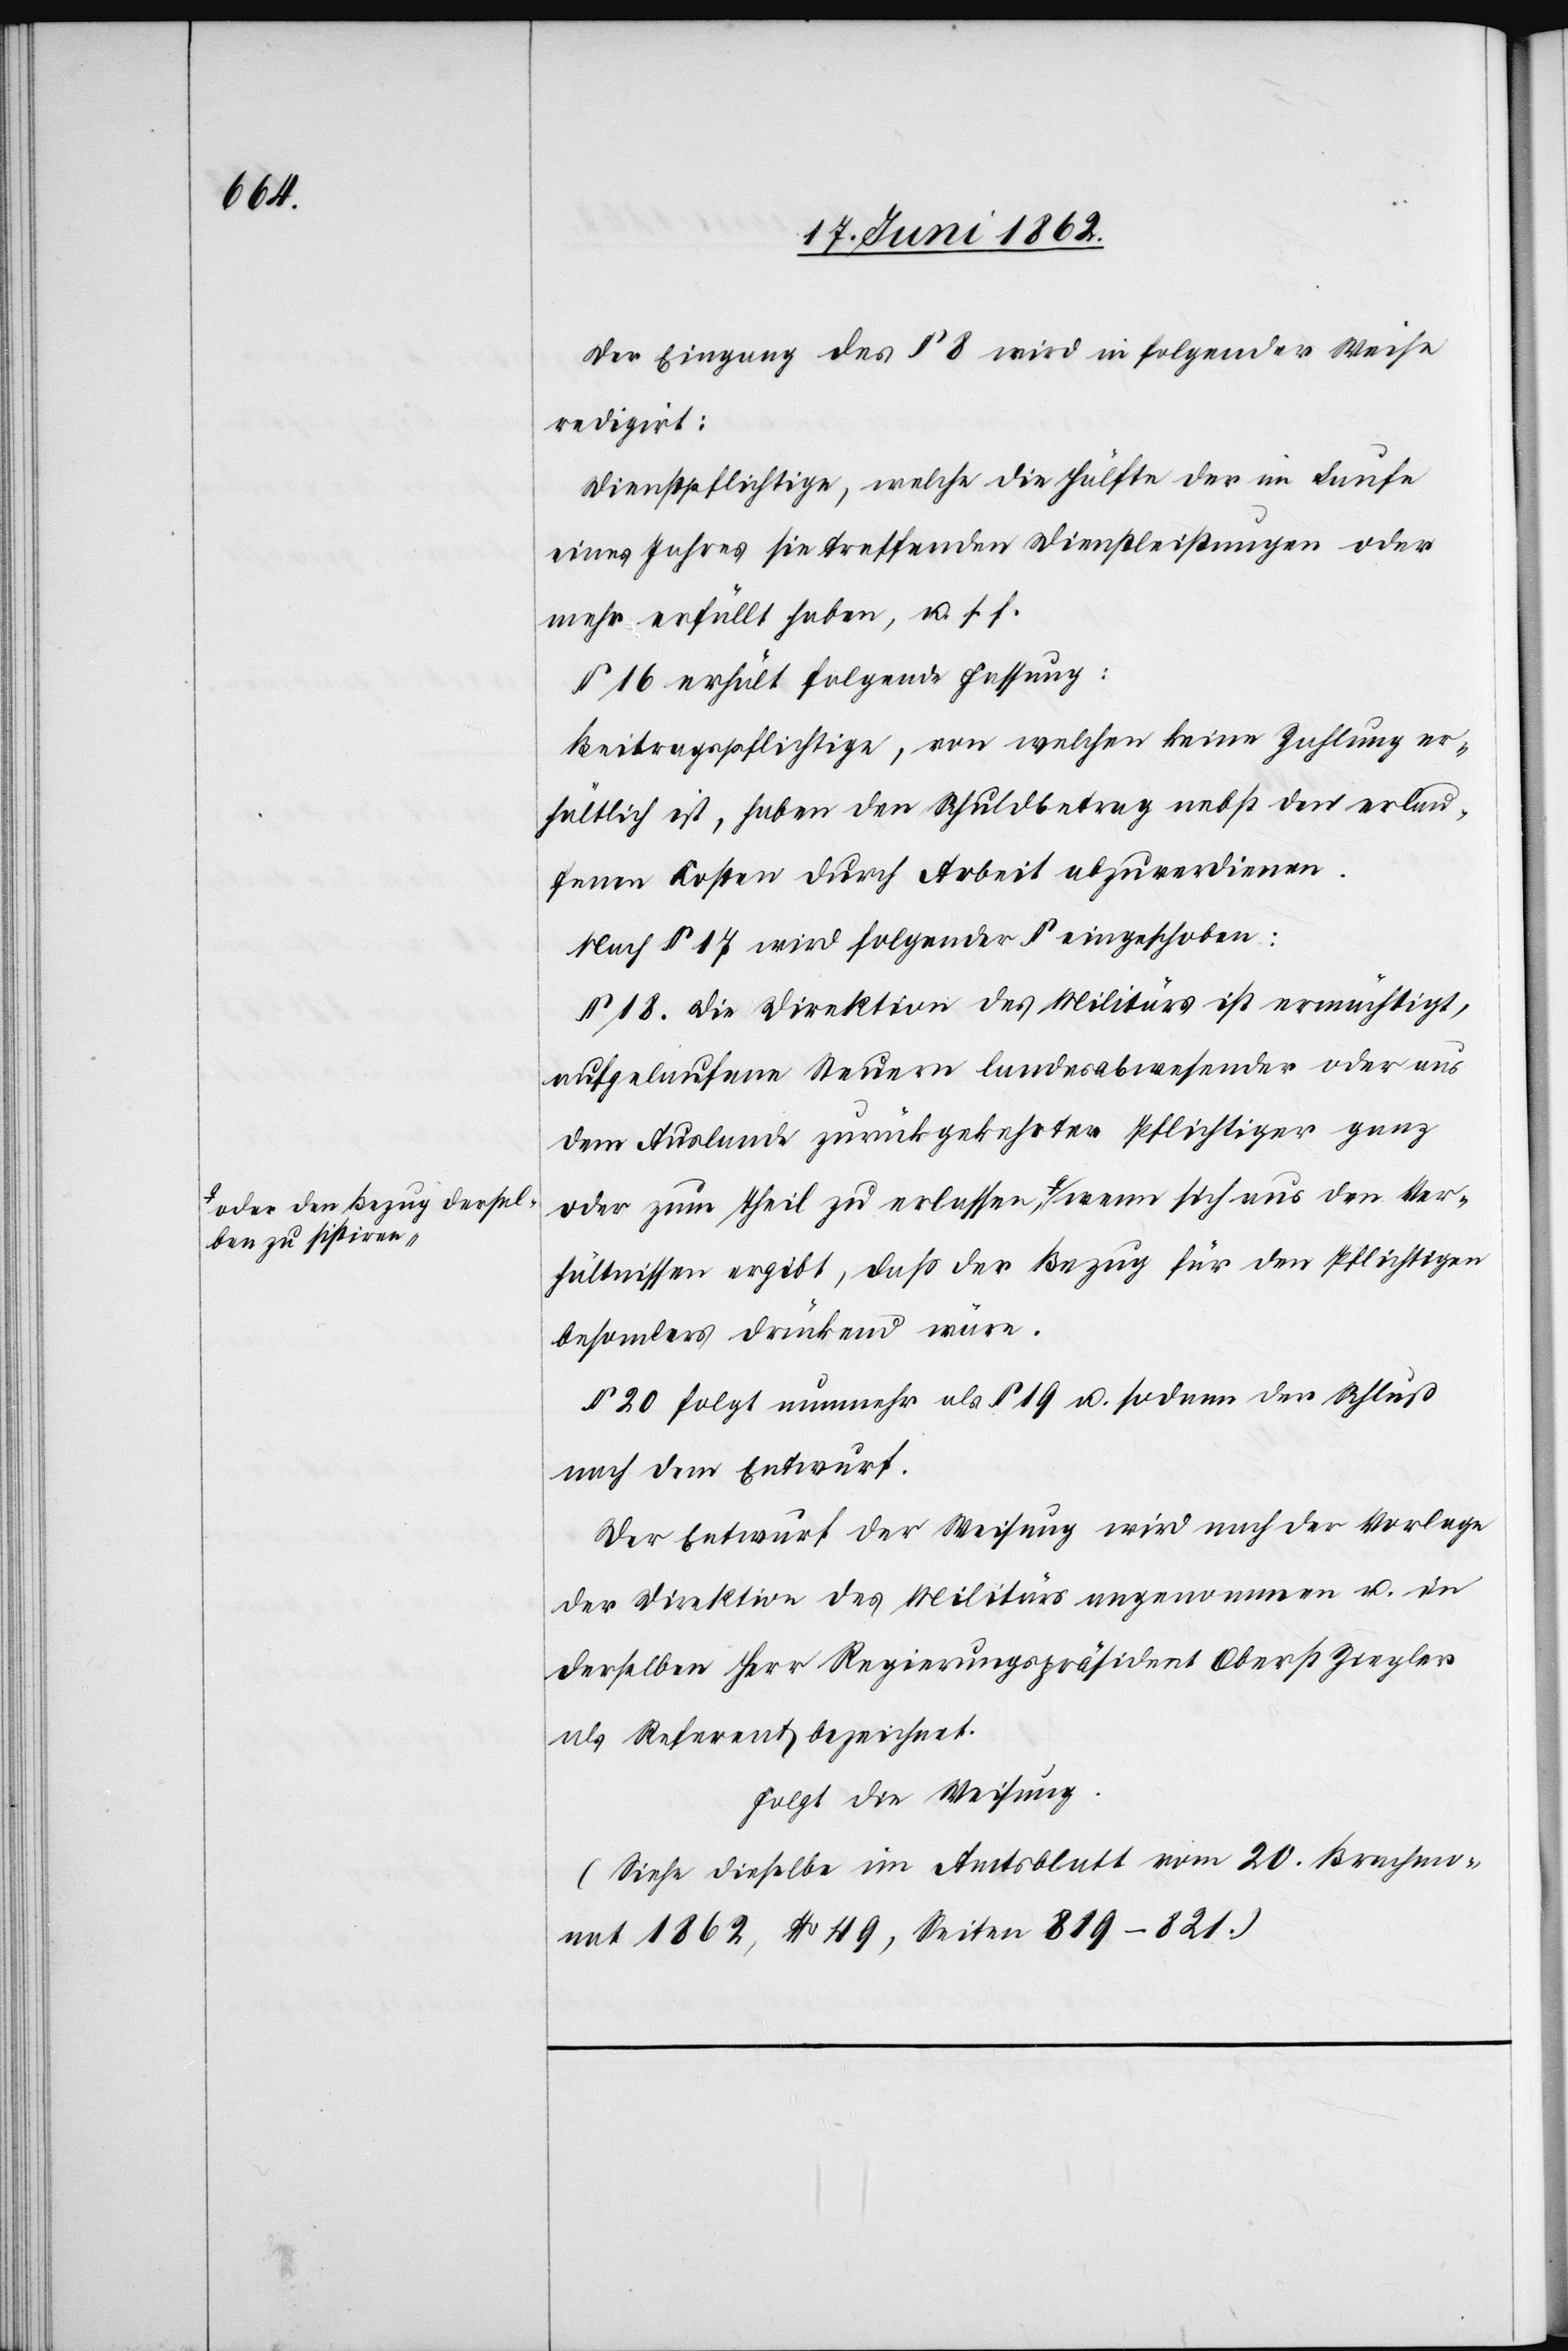
Ver¬

ben zu sistiren-a,

Der Eingang des § 8 wird in folgender Weise
redigirt:
Dienstpflichtige, welche die Hälfte der im Laufe
eines Jahres sie treffenden Dienstleistungen oder
mehr erfüllt haben, u. s. f.
§ 16 erhält folgende Fassung:
Beitragspflichtige, von welchen keine Zahlung er¬
hältlich ist, haben den Schuldbetrag nebst den erlau¬
fenen Kosten durch Arbeit abzuverdienen.
Nach § 17 wird folgender § eingeschoben:
§ 18. Die Direktion des Militärs ist ermächtigt,
aufgelaufene Steuern landesabwesender oder aus
dem Auslande zurückgekehrter Pflichtiger ganz
oder zum Theil zu erlassen, a-oder den Bezug dersel¬
hältnissen ergibt, daß der Bezug für den Pflichtigen
besonders drückend wäre.
§ 20 folgt nunmehr als § 19 u. sodann der Schluß
nach dem Entwurf.
Der Entwurf der Weisung wird nach der Vorlage
der Direktion des Militärs angenommen u. in
derselben Herr Regierungspräsident Oberst Ziegler
als Referent bezeichnet.
Folgt die Weisung.
(Siehe dieselbe im Amtsblatt vom 20. Brachmo¬
nat 1862, No 49, Seiten 819–821.)